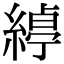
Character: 𮈱